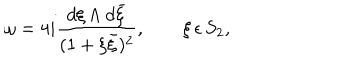
\omega = 4 i \frac { d \xi \wedge d \bar { \xi } } { ( 1 + \xi \bar { \xi } ) ^ { 2 } } , \qquad \xi \, \epsilon \, S _ { 2 } ,